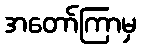
အတော်ကြာမှ